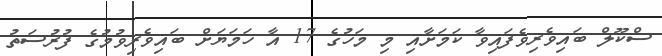
ސްކޫލް ބައިވެރިވެފައިވާ ކަމަށާއި މި މަހުގެ 17 އާ ހަމަޔަށް ބައިވެރިވުމުގެ ފުރުސަތު